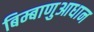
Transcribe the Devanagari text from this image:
बिम्बाणुआधान